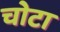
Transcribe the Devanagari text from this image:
चोटा